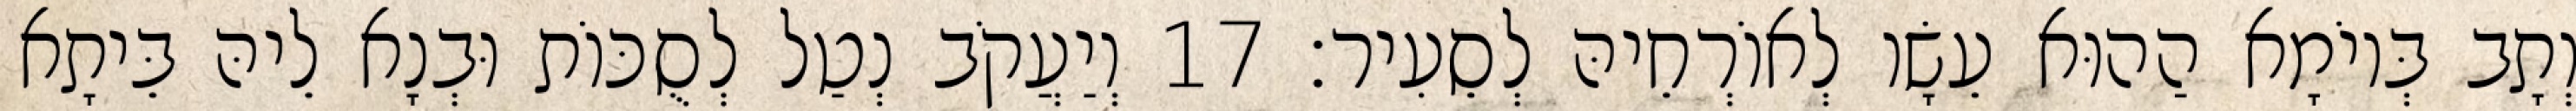
וְתָב בְּיוֹמָא הַהוּא עֵשָׂו לְאוֹרְחֵיהּ לְסֵעִיר׃ 17 וְיַעֲקֹב נְטַל לְסֻכּוֹת וּבְנָא לֵיהּ בֵּיתָא